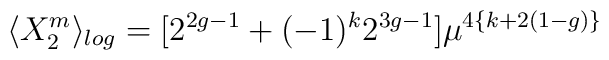
\langle X_2^m \rangle_{log}       =       [2^{2g-1} + (-1)^k 2^{3g-1}]\mu^{4\{k+2(1-g)\} }